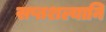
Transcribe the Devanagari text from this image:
सप्तशल्यानि